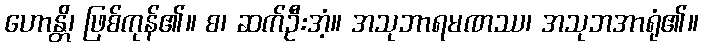
ဟောန္တိ၊ ဖြစ်ကုန်၏။ စ၊ ဆက်ဦးအံ့။ အသုဘာရမဏဿ၊ အသုဘအာရုံ၏။